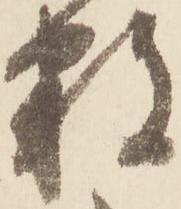
数